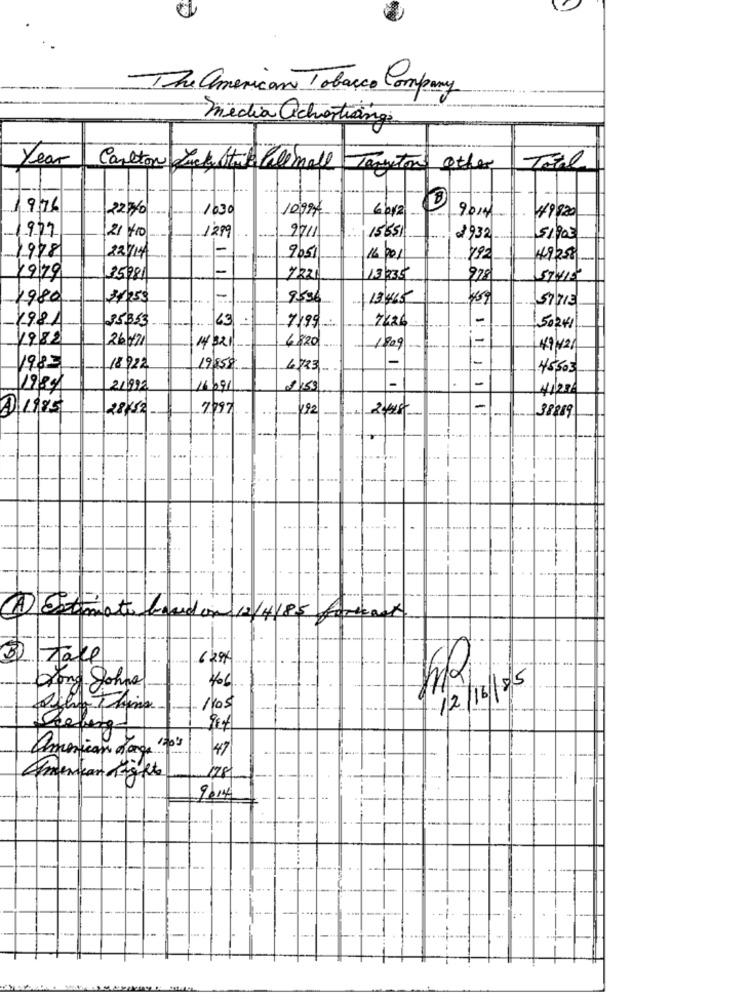
-The american Tobacco Company
Media achastrange
Year
Carlton Lucky Strike Pallmall
Tourtons Other
Til
976
227/0
1030
1099
64/2 ...
9014
49920
2711
15551
977
21 410
1299
1932
51.90€
-
1978
22/14
9051
16. 001
792
49258
-
1979
25981
13235
978
57415
1980
9536
19465
57715
1981
35353
63
2426
7199
50241
1982
26671
i-
14/321
6820
1909
-
198=
18922
19850
4723
45,503
-
1980
211992
16/9/
1153
A 1985
28×52
7997
492
-
-
38219
2418-
1 Estimate baudon 12/4/85
formant
3) Take
6 294
12/16/85
Dong Johns
Thina
Peeling
American spro. ..
47
American Lagets
9614